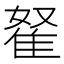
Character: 𨾯